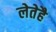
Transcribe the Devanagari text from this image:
लेतेहै